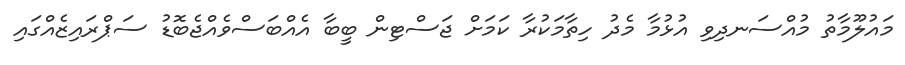
މައުލޫމާތު މުއްސަނދިވި އުޅުމާ މެދު ހިތާމަކުރާ ކަމަށް ޖަސްޓިން ބީބާ އެއްބަސްވެއްޖެބޮޑު ސަޕްރައިޒެއްގައި